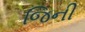
જિની